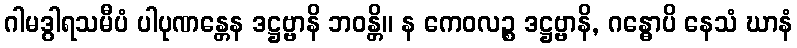
ဂါမဒွါရသမီပံ ပါပုဏန္တေန ဒဋ္ဌဗ္ဗာနိ ဘဝန္တိ။ န ကေဝလဉ္စ ဒဋ္ဌဗ္ဗာနိ, ဂန္ဓောပိ နေသံ ဃာနံ